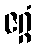
ဇဂ္ဂံ